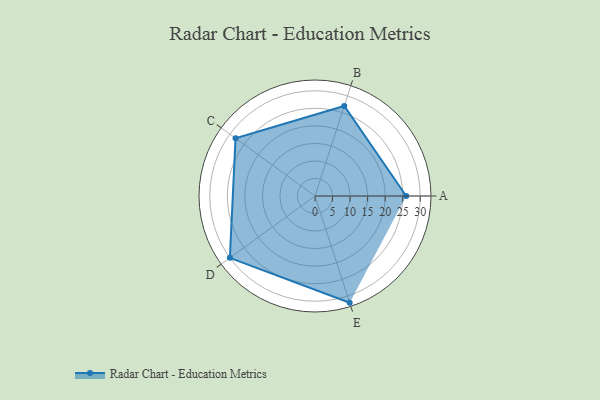
{"axis": {"x": "Skill", "y": "Score"}, "legend": ["Profile"], "data": [{"x": "A", "y": 26.0, "type": "Profile"}, {"x": "B", "y": 27.0, "type": "Profile"}, {"x": "C", "y": 28.0, "type": "Profile"}, {"x": "D", "y": 30.0, "type": "Profile"}, {"x": "E", "y": 32.0, "type": "Profile"}]}